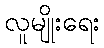
လူမျိုးရေး